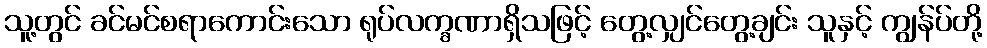
သူ့တွင် ခင်မင်စရာကောင်းသော ရုပ်လက္ခဏာရှိသဖြင့် တွေ့လျှင်တွေ့ချင်း သူနှင့် ကျွန်ပ်တို့